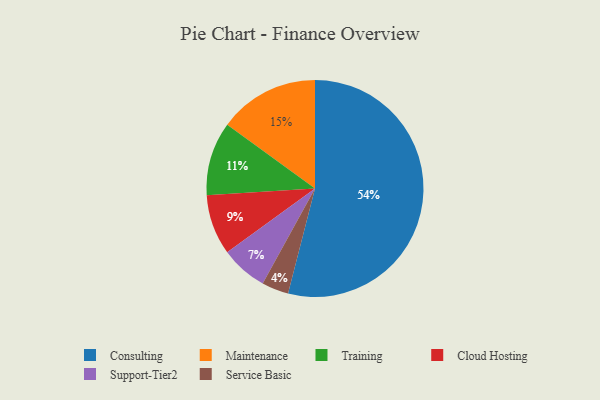
{"axis": {"x": "Category", "y": "Percentage"}, "legend": ["Cloud Hosting", "Consulting", "Maintenance", "Service Basic", "Support-Tier2", "Training"], "data": [{"x": "Training", "y": 11, "type": "Training"}, {"x": "Support-Tier2", "y": 7, "type": "Support-Tier2"}, {"x": "Consulting", "y": 54, "type": "Consulting"}, {"x": "Maintenance", "y": 15, "type": "Maintenance"}, {"x": "Cloud Hosting", "y": 9, "type": "Cloud Hosting"}, {"x": "Service Basic", "y": 4, "type": "Service Basic"}]}